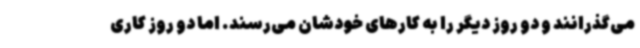
می‌گذرانند و دو روز دیگر را به کارهای خودشان می‌رسند. اما دو روز کاری